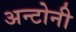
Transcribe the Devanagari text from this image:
अन्टोनी